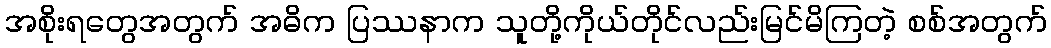
အစိုးရတွေအတွက် အဓိက ပြဿနာက သူတို့ကိုယ်တိုင်လည်းမြင်မိကြတဲ့ စစ်အတွက်